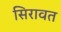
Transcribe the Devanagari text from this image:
सिरावत